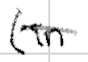
Text: (in
Cross-out: single-line
Writing tool: digital_black